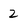
Character: 2